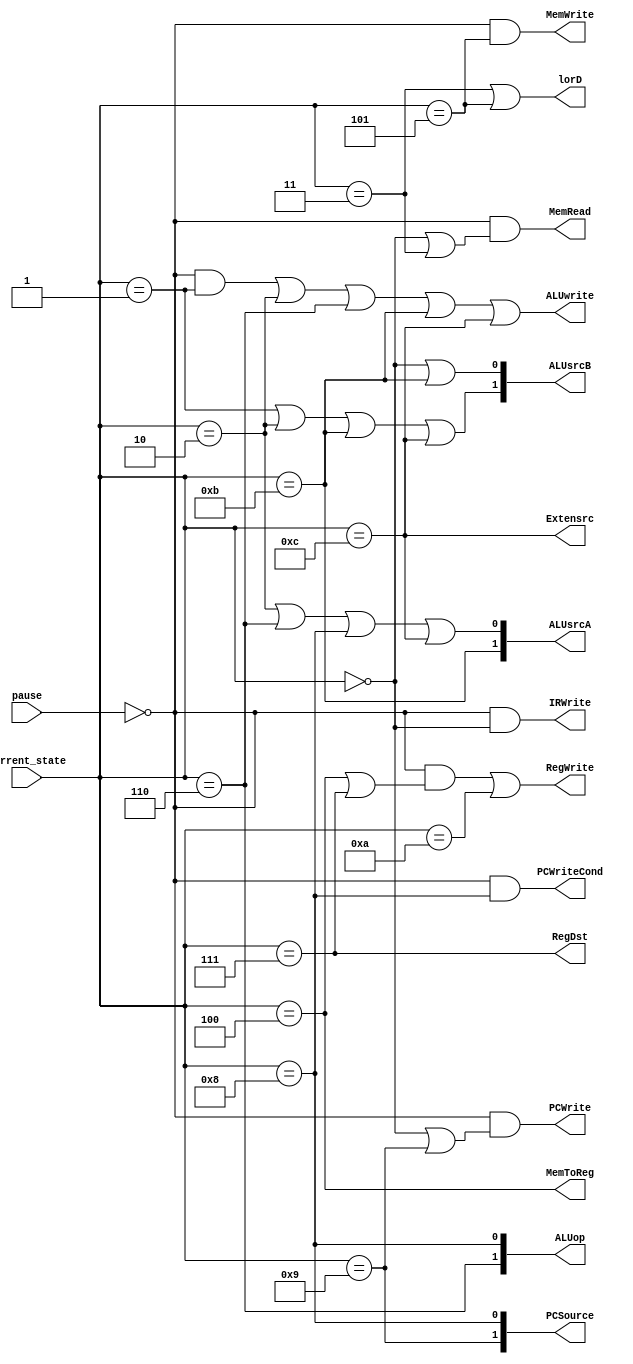
`timescale 1ns / 1ps
//////////////////////////////////////////////////////////////////////////////////
// Company: 
// Engineer: 
// 
// Design Name: 
// Module Name:    control 
// Project Name: 
// Target Devices: 
// Tool versions: 
// Description: 
//
// Dependencies: 
//
// Revision: 
// Revision 0.01 - File Created
// Additional Comments: 
//
//////////////////////////////////////////////////////////////////////////////////
module control( 
					input wire pause,
               input wire[3:0] current_state,
					output wire PCWrite,
					            PCWriteCond,
									lorD,
									MemRead,
									MemWrite,
									IRWrite,
									MemToReg,
									RegWrite,
									RegDst,
									Extensrc,
									ALUwrite,
					output wire[1:0] PCSource,
					                 ALUop,
										  ALUsrcB,
										  ALUsrcA
    );
assign PCWrite = (~pause) & ((current_state==0)|(current_state==9));
assign PCWriteCond = (~pause) & (current_state==8);
assign lorD =  ((current_state==3)|(current_state==5));
assign MemRead = (~pause) & ((current_state==0)|(current_state==3));
assign MemWrite = (~pause) & (current_state==5);
assign IRWrite = (~pause) & (current_state==0);
assign MemToReg =  (current_state==4);
assign ALUsrcA[0] = ((current_state==2)|(current_state==6)|(current_state==8))|(current_state==12);
assign ALUsrcA[1] = (current_state==11);
assign RegWrite = (~pause) & ((current_state==4)|(current_state==7))|(current_state==10);
assign RegDst =(current_state==7);
assign Extensrc = (current_state == 12);

assign PCSource[1] = (current_state==9);
assign PCSource[0] = (current_state==8);
assign ALUop[1] = (current_state==6);
assign ALUop[0] = (current_state==8);
assign ALUsrcB[1] = ((current_state==1)|(current_state==2))|(current_state==11)|(current_state==12);
assign ALUsrcB[0] = (current_state==0)|(current_state==11);
assign ALUwrite = (~pause) & 
						(current_state == 4'd1)|
						(current_state == 4'd2)|
						(current_state == 4'd6)|
						(current_state == 4'd11)|
						(current_state == 4'd12);


endmodule